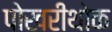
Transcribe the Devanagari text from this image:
पोखरीथोक